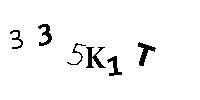
335K1T